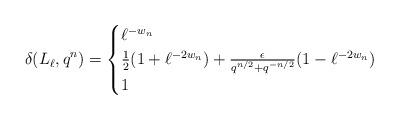
LaTeX: \begin{align*} \delta(L_\ell,q^n) = \begin{cases} \ell^{-w_n} & \\ \frac{1}{2}(1 + \ell^{-2w_n}) + \frac{\epsilon}{q^{n/2} + q^{-n/2}}(1 - \ell^{-2w_n}) & \\ 1 & \end{cases}\end{align*}